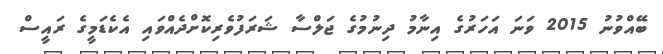
ބޭއްވުނު 2015 ވަނަ އަހަރުގެ އިނާމު ދިނުމުގެ ޖަލްސާ ޝަރަފުވެރިކޮށްދެއްވައި އެކެޑަމީގެ ރައީސް